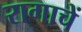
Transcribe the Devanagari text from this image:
रागाचें